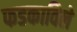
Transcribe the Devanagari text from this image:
फडकाविले